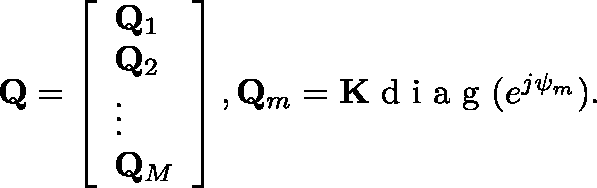
\begin{array} { r } { { \bf { Q } } = \left[ \begin{array} { l } { { \bf Q } _ { 1 } } \\ { { \bf Q } _ { 2 } } \\ { \vdots } \\ { { \bf Q } _ { M } } \end{array} \right] , { \bf Q } _ { m } = { \bf K } \mathrm { ~ d ~ i ~ a ~ g ~ } ( e ^ { j { \mathbf { \psi } } _ { m } } ) . } \end{array}